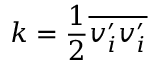
k = { \frac { 1 } { 2 } } { \overline { { v _ { i } ^ { \prime } v _ { i } ^ { \prime } } } }